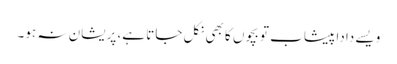
ویسے دادا پیشاب تو بچوں کا بھی نکل جاتا ہے، پریشان نہ ہو۔